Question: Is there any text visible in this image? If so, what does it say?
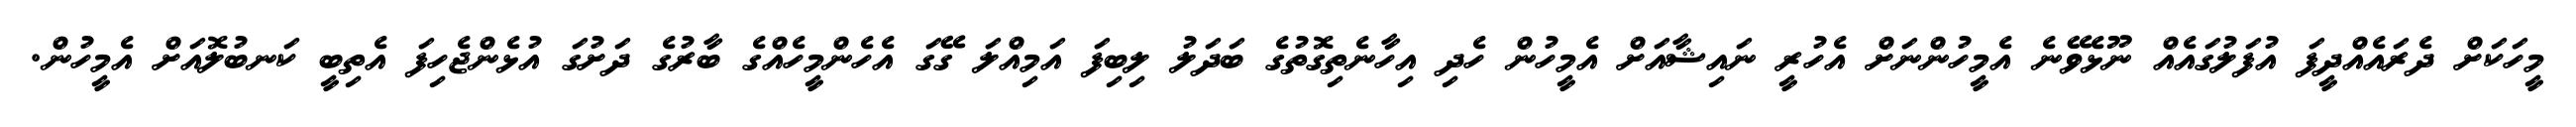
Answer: މީހަކަށް ދެރައެއްދީފަ އުފަލުގައެއް ނޫޅެވޭނެ އެމީހުންނަށް އެހުރީ ނައިޝާއަށް އެމީހުން ހެދި އިހާނެތިގޮތުގެ ބަދަލު ލިބިފަ އަމިއްލަ ގޭގަ އެހެންމީހެއްގެ ބާރުގެ ދަށުގަ އުޅެންޖެހިފަ އެތިބީ ކަނބުލޮއަށް އެމީހުން.